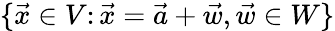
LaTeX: \{ {\vec{x}}\in V\colon{\vec{x}}={\vec{a}}+{\vec{w}},{\vec{w}}\in W\}